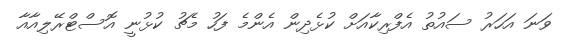
ވަނަ އަހަރު ސައުތު އެފްރިކާއަށް ކުޅެދިން އެންމެ ފަހު މެޗު ކުޅުނީ އޮސްޓްރޭލިއާއާ